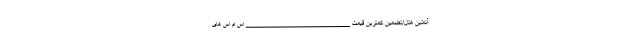
آنلاین هتل/تضمین کمترین قیمت __________________________ اس ام اس های